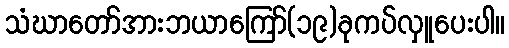
သံဃာတော်အားဘယာကြော်(၁၉)ခုကပ်လှူပေးပါ။